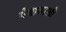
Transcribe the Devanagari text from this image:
पेशवाओ